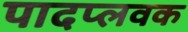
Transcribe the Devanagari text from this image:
पादप्लवक